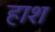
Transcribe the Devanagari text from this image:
हाश